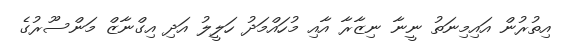
އިތުރުން އައިމިނަތު ނީނާ ނިޒާރާ އާއި މުހައްމަދު ހަލީލު އަދި އިގްނާޒް މަންސޫރުގެ